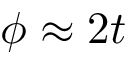
\phi \approx 2 t